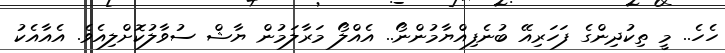
ހެހެ.. މީ ތިކުދިންގެ ފަހަރިއޭ ބުނެފިއްޔާމުންނޯ.. އެއްލޯ މަރާލަމުން ޔާޝް ސުވާލުކޮށްލިއެވެ. އެއާއެކު